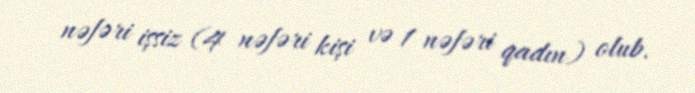
nəfəri işsiz (4 nəfəri kişi və 1 nəfəri qadın) olub.